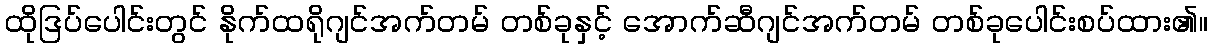
ထိုဒြပ်ပေါင်းတွင် နိုက်ထရိုဂျင်အက်တမ် တစ်ခုနှင့် အောက်ဆီဂျင်အက်တမ် တစ်ခုပေါင်းစပ်ထား၏။